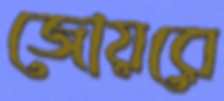
জোয়রে